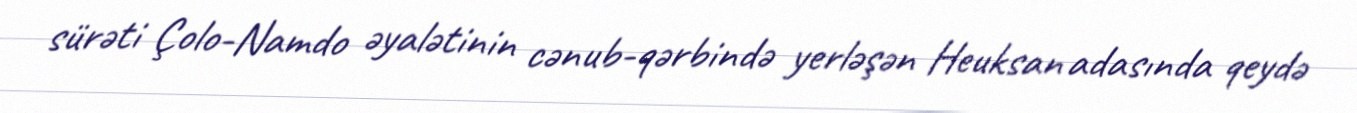
sürəti Çolo-Namdo əyalətinin cənub-qərbində yerləşən Heuksan adasında qeydə